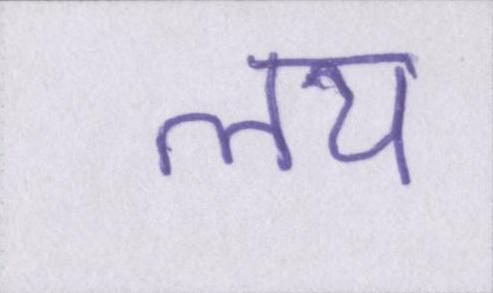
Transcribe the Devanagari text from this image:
लय